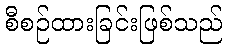
စီစဉ်ထားခြင်းဖြစ်သည်